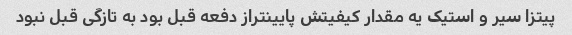
پیتزا سیر و استیک یه مقدار کیفیتش پایینتراز دفعه قبل بود به تازگی قبل نبود